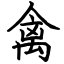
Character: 禽